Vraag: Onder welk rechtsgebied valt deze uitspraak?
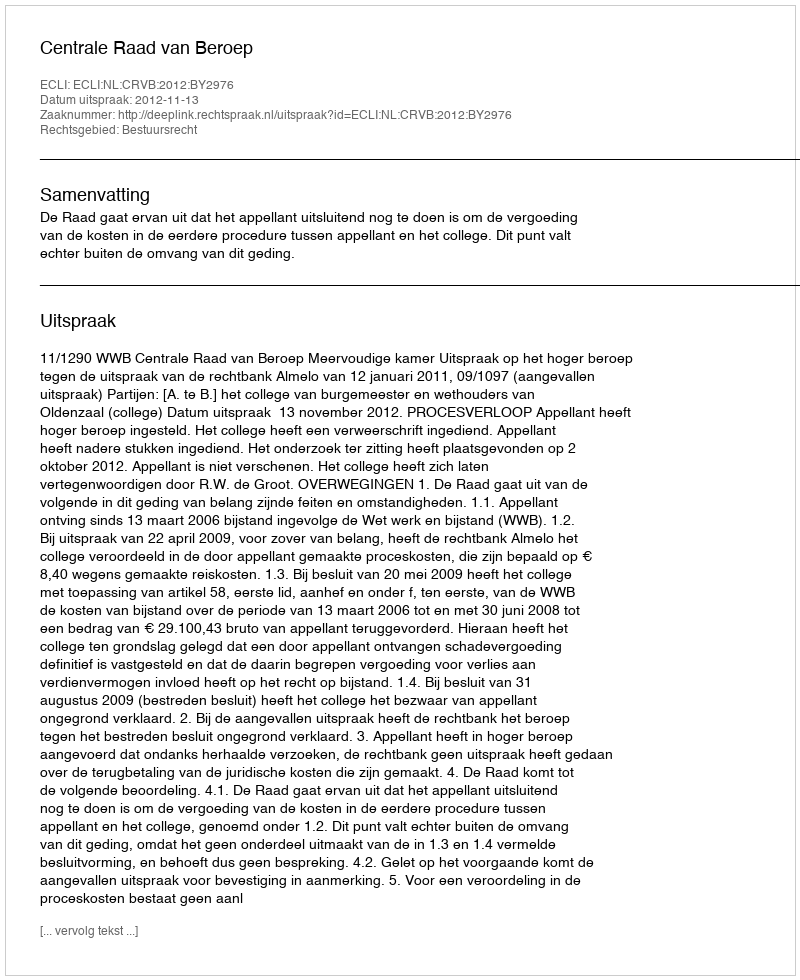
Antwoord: Bestuursrecht